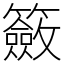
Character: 籢